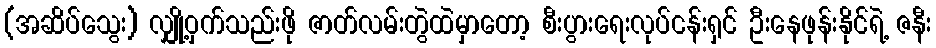
(အဆိပ်သွေး) လျှို့ဝှက်သည်းဖို ဇာတ်လမ်းတွဲထဲမှာတော့ စီးပွားရေးလုပ်ငန်းရှင် ဦးနေဖုန်းနိုင်ရဲ့ ဇနီး